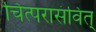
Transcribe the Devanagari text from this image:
चित्परासंवित्